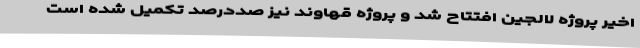
اخیر پروژه لالجین افتتاح شد و پروژه قهاوند نیز صددرصد تکمیل شده است